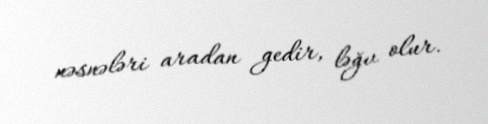
nəsnələri aradan gedir, ləğv olur.